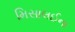
મિસાલઈના